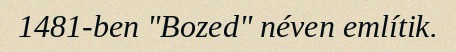
1481-ben "Bozed" néven említik.